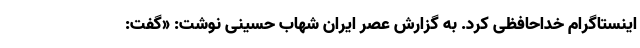
اینستاگرام خداحافظی کرد. به گزارش عصر ایران شهاب حسینی نوشت: «گفت: